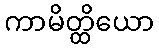
ကာမိတ္ထိယော